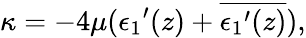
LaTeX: \kappa=-4\mu({\epsilon_{1}}^{\prime}(z)+\overline{{{{\epsilon_{1}}^{\prime}(z)}}}),